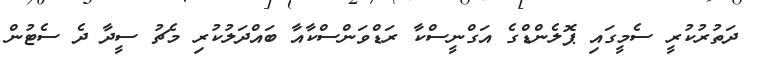
ދަތުރުކުރީ ސެމީގައި ޕޮލެންޑްގެ އަގްނީސްކާ ރަޑްވަންސްކާއާ ބައްދަލުކުރި މެޗު ސީދާ ދެ ސެޓުން